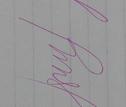
Signature authenticity: genuine